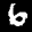
Digit: 6